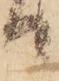
り